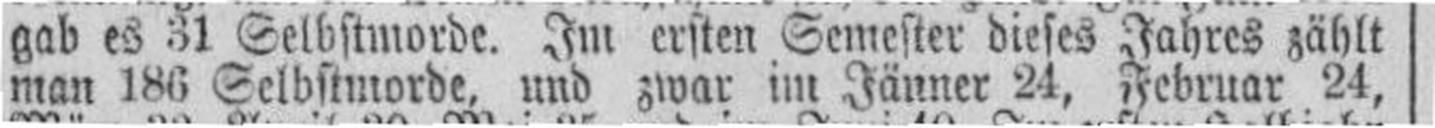
man 186 Selbstmorde, und zwar im Jänner 24, Februar 24,